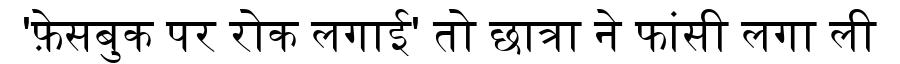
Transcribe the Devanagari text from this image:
'फ़ेसबुक पर रोक लगाई' तो छात्रा ने फांसी लगा ली